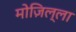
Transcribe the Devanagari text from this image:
मोज़िल्ला